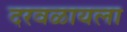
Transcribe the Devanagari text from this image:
दरवळायला